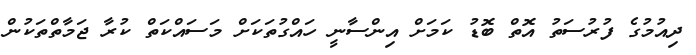
ދިއުމުގެ ފުރުސަތު އޮތް ބޮޑު ކަމަށް އިންސާނީ ހައްގުތަކަށް މަސައްކަތް ކުރާ ޖަމާތްތަކުން